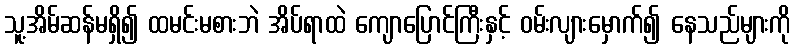
သူ့အိမ်ဆန်မရှိ၍ ထမင်းမစားဘဲ အိပ်ရာထဲ ကျောပြောင်ကြီးနှင့် ဝမ်းလျားမှောက်၍ နေသည်များကို